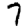
Digit: 7